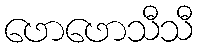
ဖောဖောသီသီ